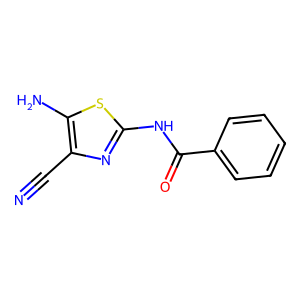
SMILES: N#Cc1nc(NC(=O)c2ccccc2)sc1N
Inhibits HIV replication: No